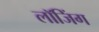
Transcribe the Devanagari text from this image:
लाॅजिंग